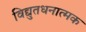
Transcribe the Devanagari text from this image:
विद्युतधनात्मक